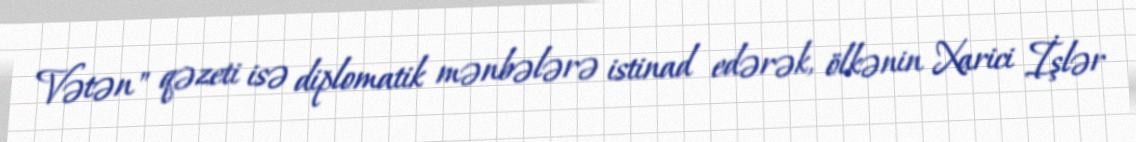
Vətən" qəzeti isə diplomatik mənbələrə istinad edərək, ölkənin Xarici İşlər